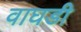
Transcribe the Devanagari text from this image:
वाघडी